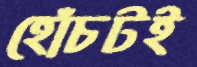
হোঁচটই